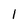
Character: 1